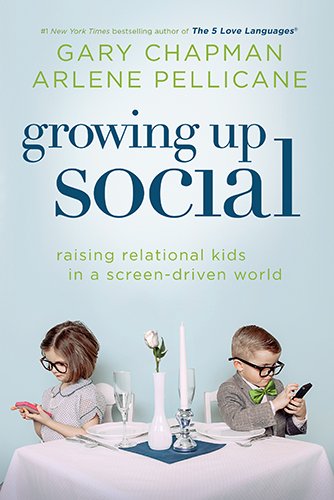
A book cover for Growing Up Social: Raising Relational Kids in a Screen-Driven World; Gary D Chapman; Computers & Technology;